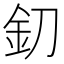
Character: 釖